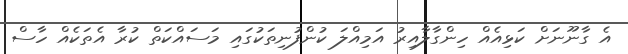
އެ ގާނޫނަށް ކަޅިއެއް ހިންގާލާއިރު އަމިއްލަ ކުންފުނިތަކުގައި މަސައްކަތް ކުރާ އެތަކެއް ހާސް